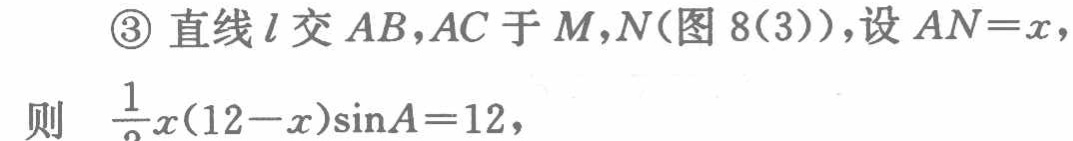
\textcircled{3} 直线\(l\)交\(AB,AC\)于\(M,N\)(图 8(3))，设\(AN = x\)，
则 \(\frac{1}{2}x(12 - x)\sin A = 12\)，